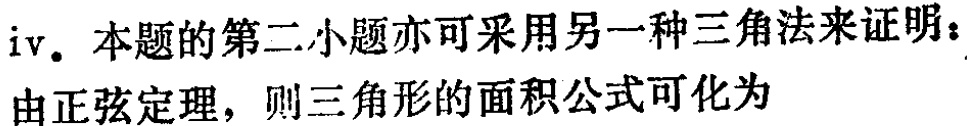
iv. 本题的第二小题亦可采用另一种三角法来证明：
由正弦定理，则三角形的面积公式可化为